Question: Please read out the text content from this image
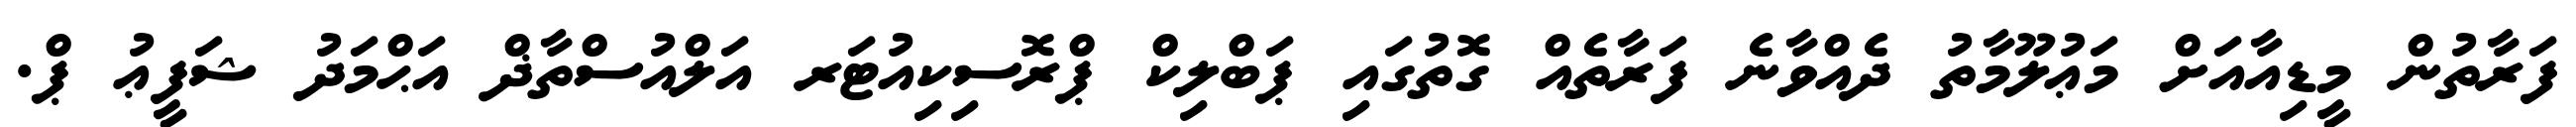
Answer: ފަރާތުން މީޑިއާއަށް މަޢުލޫމާތު ދެއްވާނެ ފަރާތެއް ގޮތުގައި ޕަބްލިކް ޕްރޮސިކިއުޓަރ އަލްއުސްތާޛް އަޙްމަދު ޝަފީޢު ޕް.